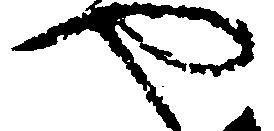
や